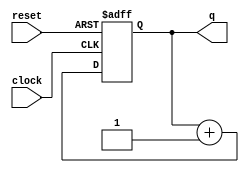
module mineCounter #(parameter SIZE= 2) (q, clock, reset);
    input clock, reset;

    output reg [SIZE-1:0] q = 0;

    always @(posedge clock or posedge reset) begin
        if(~reset) begin
            q <= q+1;
        end else begin
            q <= 0;
        end
    end
endmodule